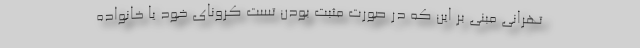
تهرانی مبنی بر این که در صورت مثبت بودن تست کرونای خود یا خانواده‌